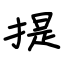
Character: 提